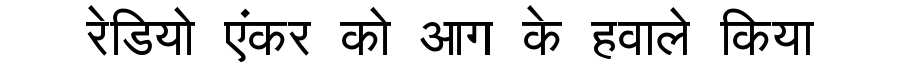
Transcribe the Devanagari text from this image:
रेडियो एंकर को आग के हवाले किया